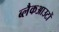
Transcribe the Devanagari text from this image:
ब्लैकआउटों